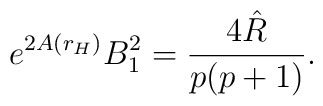
e^{2A(r_H)}B_1^2=\frac{4\hat{R}}{p(p+1)}.